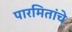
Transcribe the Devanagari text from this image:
पारमितांचे